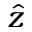
\hat { z }